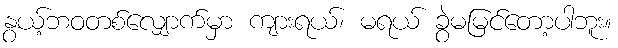
နွယ့်ဘဝတစ်လျှောက်မှာ ကျားရယ်၊ မရယ် ခွဲမမြင်တော့ပါဘူး။